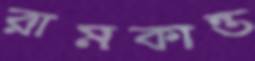
রামকান্ত